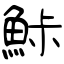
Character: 鮛